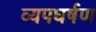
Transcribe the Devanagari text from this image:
व्यपघर्षण